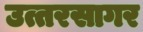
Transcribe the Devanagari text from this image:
उत्तरसागर